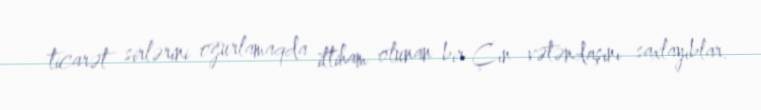
ticarət sirlərini oğurlamaqda ittiham olunan bir Çin vətəndaşını saxlayıblar.